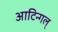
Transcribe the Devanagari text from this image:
आटिन्गल्